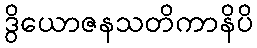
ဒွိယောဇနသတိကာနိပိ